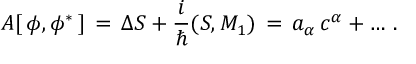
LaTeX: { \cal A } [ \, \phi , \phi ^ { \ast } \, ] \, = \, \Delta S + { \frac { i } { \hbar } } ( S , M _ { 1 } ) \, = \, a _ { \alpha } \, c ^ { \alpha } + \dots \, .